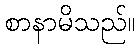
စာနာမိသည်။